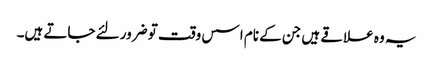
یہ وہ علاقے ہیں جن کے نام اسس وقت تو ضرور لئے جاتے ہیں۔